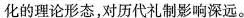
化的理论形态，对历代礼制影响深远。